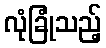
လုံခြုံသည့်